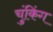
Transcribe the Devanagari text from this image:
चुंकिंग